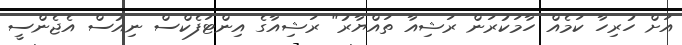
އަށް ހުރިހާ ކަމެއް ހާމަކުރަން ރަޝިއާ ތައްޔާރު" ރަޝިއާގެ އިންޓަފެކްސް ނިއުސް އެޖެންސީ